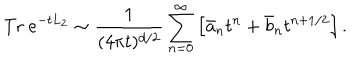
LaTeX: \mathrm { T r } ~ e ^ { - t L _ { 2 } } \sim { \frac { 1 } { ( 4 \pi t ) ^ { d / 2 } } } \sum _ { n = 0 } ^ { \infty } \left[ \bar { a } _ { n } t ^ { n } + \bar { b } _ { n } t ^ { n + 1 / 2 } \right] .